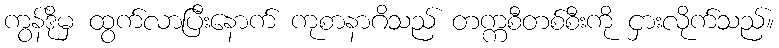
ကွန်ဒိုမှ ထွက်လာပြီးနောက် ကုစာနာဂိသည် တက္ကစီတစ်စီးကို ငှားလိုက်သည်။